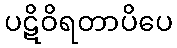
ပဋိဝိရတာပိပေ